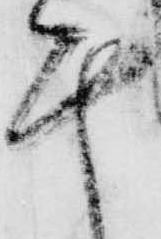
計